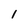
Character: 1